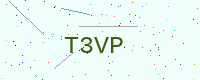
Text: T3VP